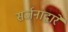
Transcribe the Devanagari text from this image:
सर्जनाद्वारे